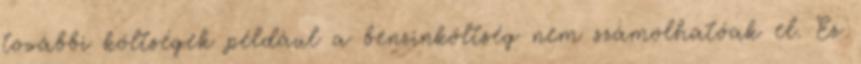
további költségek például a benzinköltség nem számolhatóak el. Ez